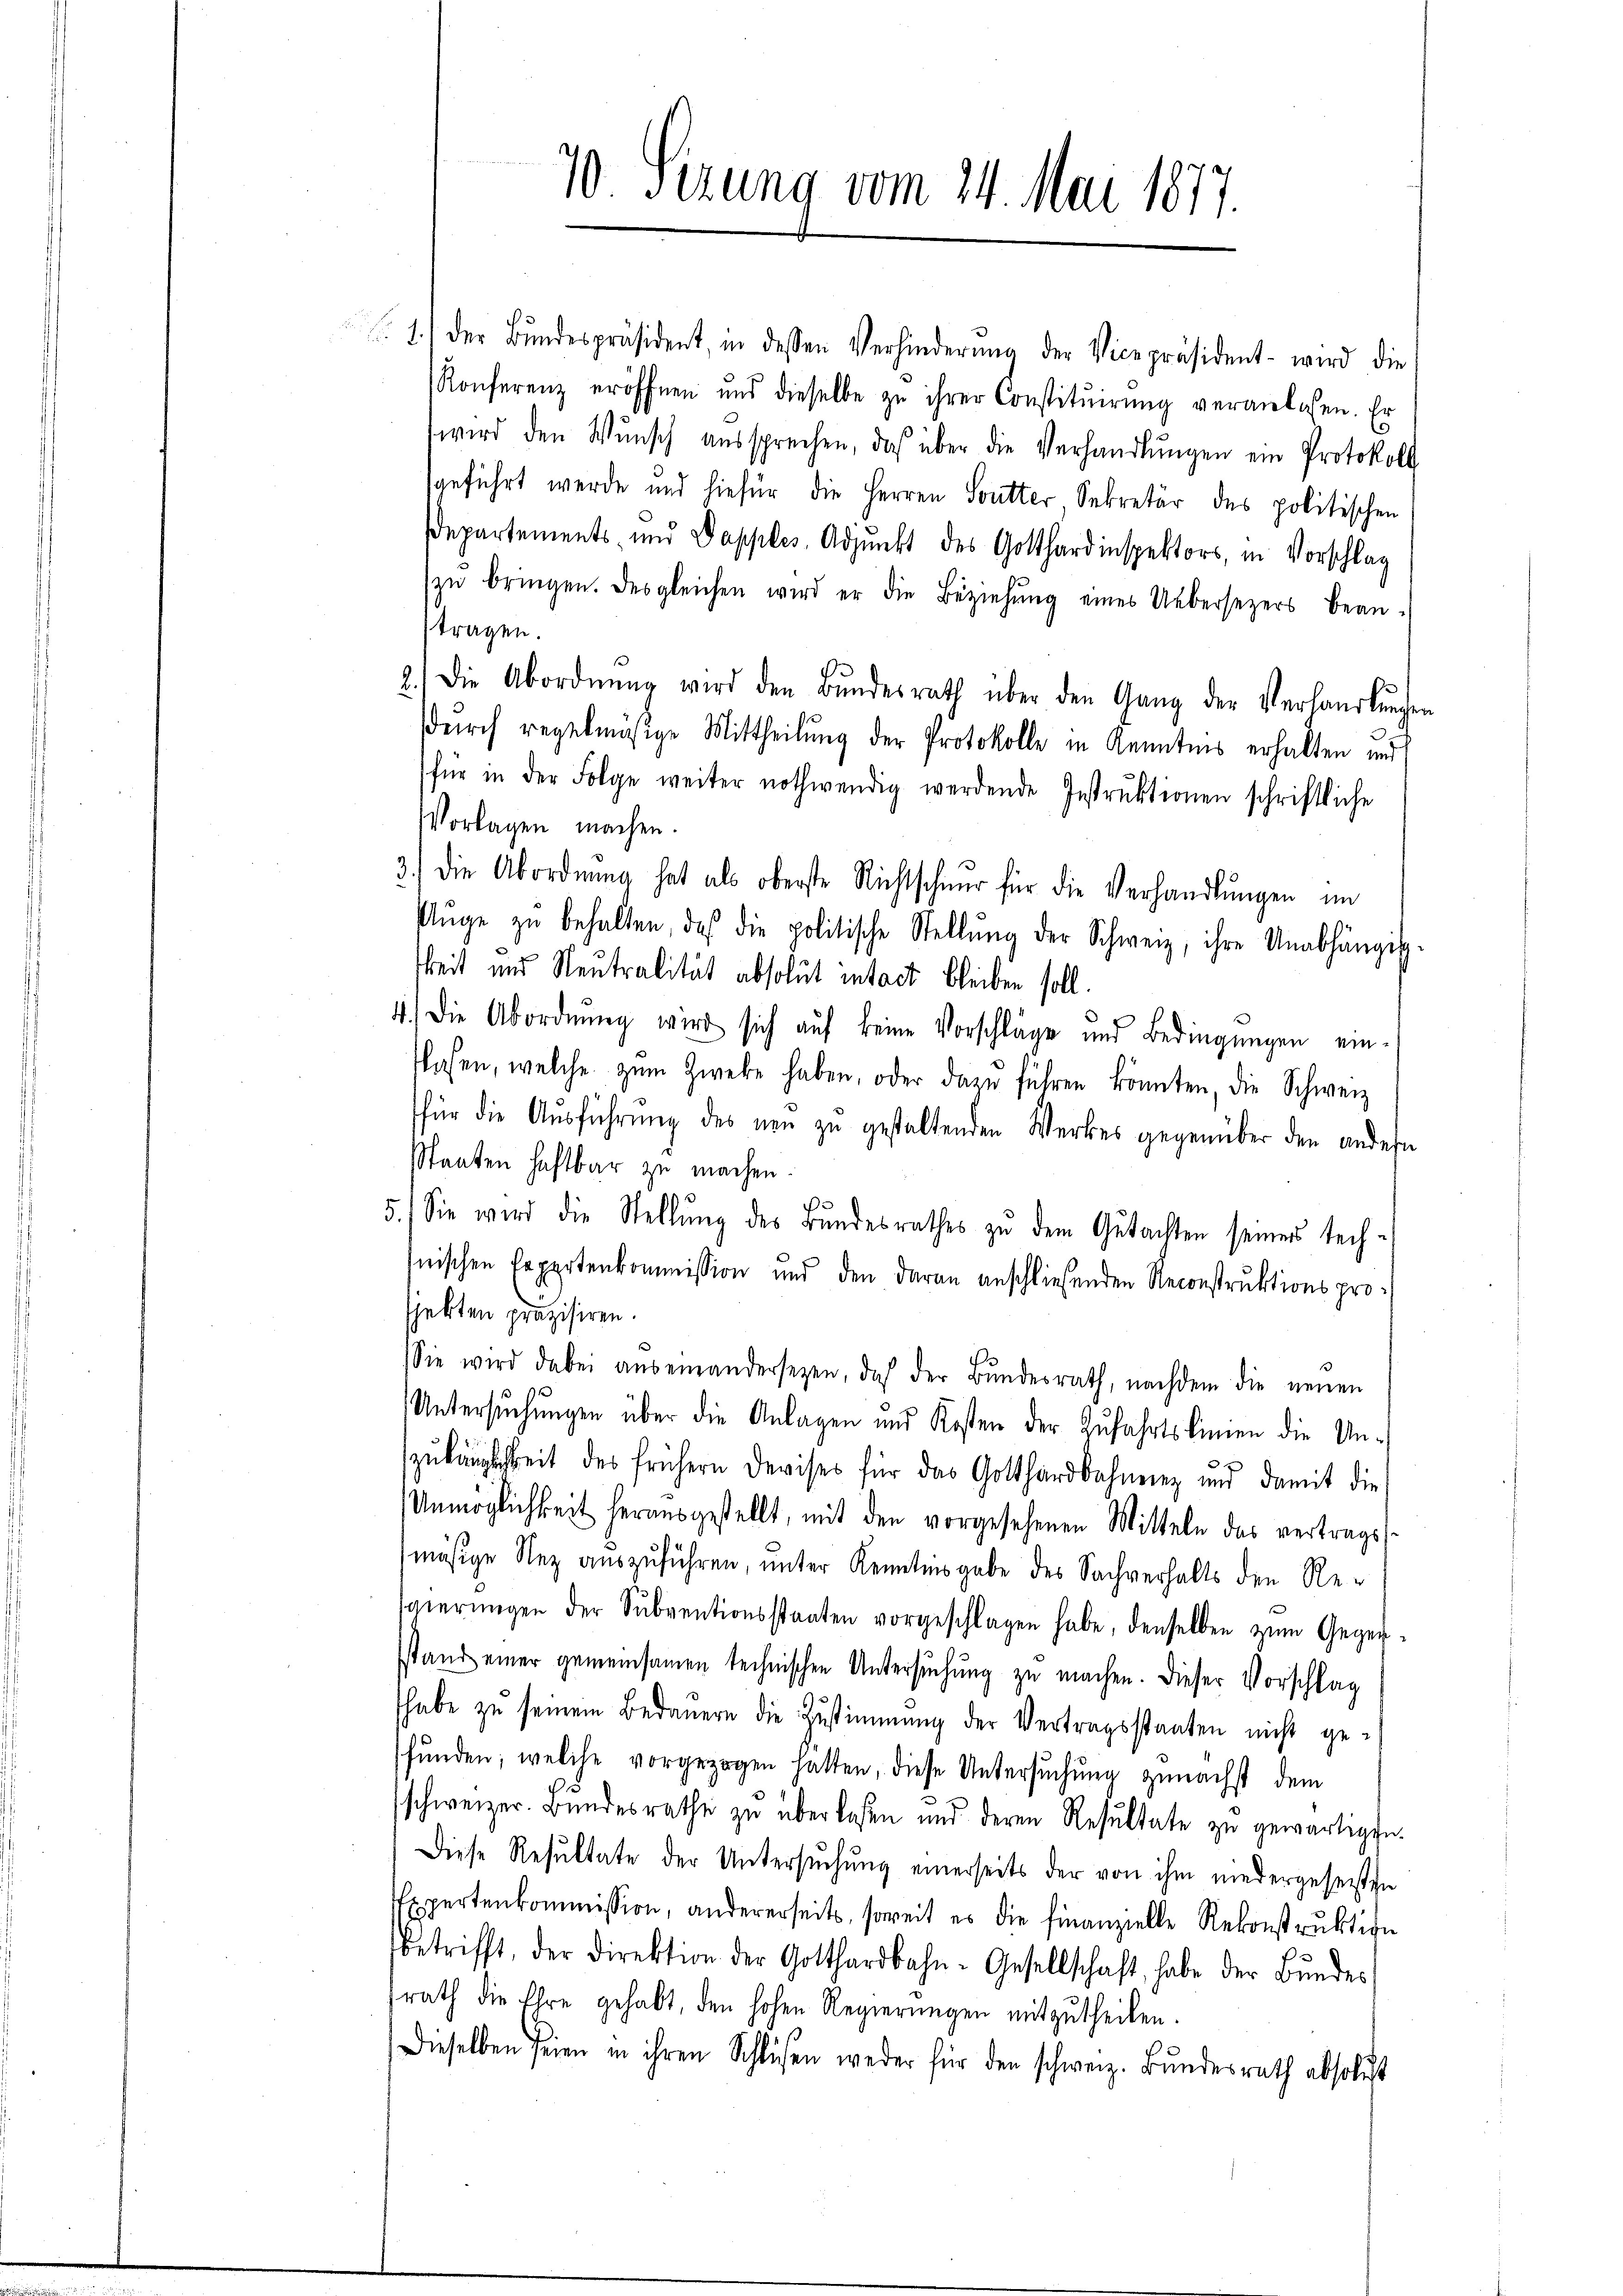
70 Sezung vom 24. Mai 1877.

1.) der Bŭndespräsident, in dessen Verhinderŭng der Vicepräsident wird die
Konferenz eröffnen und dieselbe zu ihrer Constitŭirŭng veranlassen. Er
wird den Wŭnsch aŭssprechen, das über die Verhandlŭngen ein Protokoll
sgeführt werde und hiefür die Herren Soutter Sekretär des politischen
departements- und Dopples, Adjunkt des Gotthardinspektors, in Vorschlag
zŭ bringen. Desgleichen wird er die Beziehŭng eines Uebersezers bean-
tragen.
.Die Abordnŭng wird den Bŭndesrath über den Gang der Verhandlŭngen
durch regelmäßige Mittheilung der Protokolle in Kenntnis erhalten und
für in der Folge weiter nothwendig werdende Instrŭktionen schriftliche
Vorlagen machen.
3.) Die Abordnŭng hat als oberste Richtschnur für die Verhandlŭngen im
Aŭge zŭ behalten, daß die politische Stellŭng der Schweiz, ihre Unabhängig-
keit und Neutralität absolut intact bleiben soll.
4.) Die Abordnung wird sich auf keine Vorschläge und Bedingungen ein-
lasen, welche zŭm Zweke haben, oder dazŭ führen könnten, die Schweiz
für die Aŭsführŭng des neu zu gestaltenden Werkes gegenüber den andern
Staaten haftbar zu machen.
e
5.) Sie wird die Stellŭng des Bandesrathes zŭ dem Gutachten seiner tech-
snischen Expertenkommission und den daran anschließenden Reconstruktions prosjekten präzisiren.
Sie wird dabei auseinandersezen, daß der Bŭndesrath, nachdem die neuen
Untersuchungen über die Anlagen und Kosten der Zufahrtslinien die Unzŭkänglichkeit des frühern Devises für das Gotthardbahnen und damit die
Unmöglichkeit herausgestellt, mit den vorgesehenen Mitteln das vertrags-
mäsige Nez auszuführen, unter Kenntnisgabe des Sachverhalts den Resgierŭngen der Sŭbventionsstaaten vorgeschlagen habe, denselben zŭm Gegen-
sstand einer gemeinsamen technischen Untersŭchŭng zŭ machen. Dieser Vorschlag
habe zu seinem Bedauern die Zustimmung der Vertragsstaaten nicht gefunden; welche vorgezogen hatten, diese Untersuchung zunächst dem
schweizer. Bŭndesrathe zŭ überlassen und deren Resŭltate zŭ gewärtigen.
Diese Resŭltate der Untersŭchŭng einerseits der von ihm niedergesetze
Expertenkommission, andererseits, soweit es die Finanzielle Rekonstrŭktion
betrifft, der Direktion der Gotthardbahn-Gesellschaft habe der Bŭndes-
rath die Ehre gehabt, den hohen Regierungen mitzutheilen.
Dieselben seien in ihren Schlüßen weder für den schweiz. Bundesrath absolut